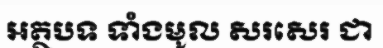
អត្ថបទ ទាំងមូល សរសេរ ជា